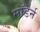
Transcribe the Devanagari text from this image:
माॅडर्न